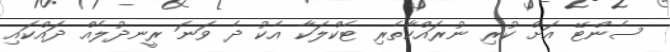
ސެންޓޭ އަށް ކުރި ނުރައްކާތެރި ޓެކްލަކާ އެކު ދެ ވަނަ ރީނދުލެއް ދައްކައި